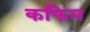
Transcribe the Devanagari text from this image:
कफिन